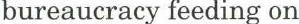
bureaucracy feeding on